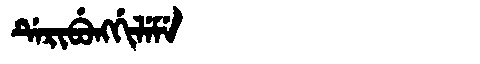
Manchu: ᡩᡝᡵᡳᠪᡠᠩᡤᡳᠯᡝᠮᡝ
Romanization: DERIBUNGGILEME